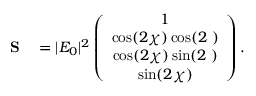
\begin{array} { r l } { { \bf S } } & { { } = | E _ { 0 } | ^ { 2 } \left( \begin{array} { c } { 1 } \\ { \cos ( 2 \chi ) \cos ( 2 { \it \Psi } ) } \\ { \cos ( 2 \chi ) \sin ( 2 { \it \Psi } ) } \\ { \sin ( 2 \chi ) } \end{array} \right) . } \end{array}